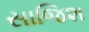
સાજિશ